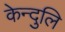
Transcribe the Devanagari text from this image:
केन्दुलि